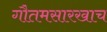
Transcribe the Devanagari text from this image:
गौतमसारखाच